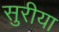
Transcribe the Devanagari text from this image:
सुरीया